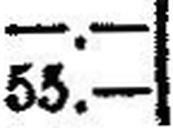
55.—